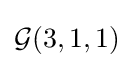
{\mathcal {G}}(3,1,1)